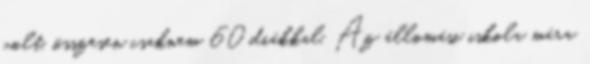
volt, összesen csaknem 60 diákkal. Az állomási iskola mára